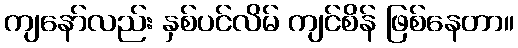
ကျနော်လည်း နှစ်ပင်လိမ် ကျင်စိန် ဖြစ်နေတာ။